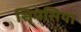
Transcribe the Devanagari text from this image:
सिपेसिया